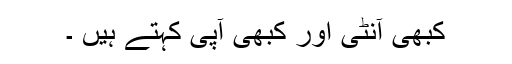
کبھی آنٹی اور کبھی آپی کہتے ہیں ۔